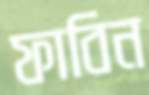
ফাবিন